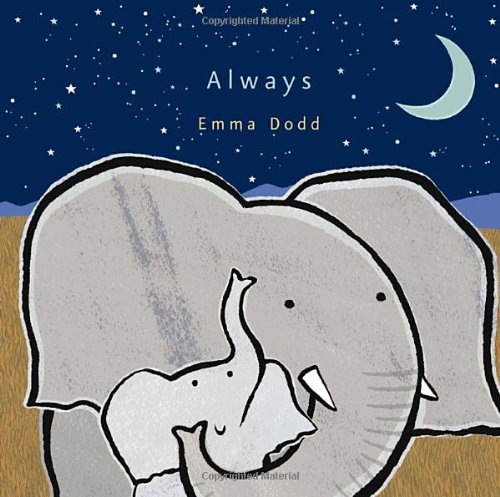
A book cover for Always (Emma Dodd's Love You Books); Emma Dodd; Children's Books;